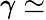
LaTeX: \gamma\simeq